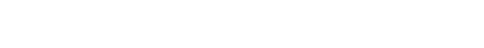
အစရှိသောအကြောင်းတရားတို့ကို။ ပရိဂ္ဂဟေ၊ သိမ်းဆည်းခြင်း၌ လည်းကောင်း။ ဝဝတ္တာပနေစ၊